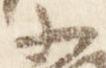
小